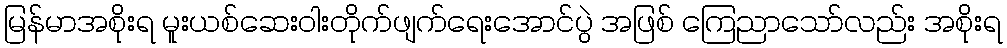
မြန်မာအစိုးရ မူးယစ်ဆေးဝါးတိုက်ဖျက်ရေးအောင်ပွဲ အဖြစ် ကြေညာသော်လည်း အစိုးရ